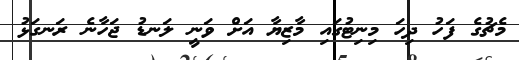
މެޗުގެ ފަހު ދިހަ މިނިޓުގައި މާޒިޔާ އަށް ވަނީ ލަނޑު ޖަހާނެ ރަނގަޅު